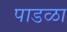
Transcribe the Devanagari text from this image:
पाडळा